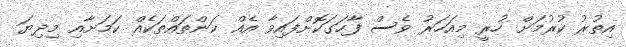
އިތުރު ކުރުމަށް ހުރީ މިއަހަރު ވެސް ފާހަގަކޮށްފައިވާ އެއް ކަންތައްތަކެއް ކަމަށާއި މިދިޔަ